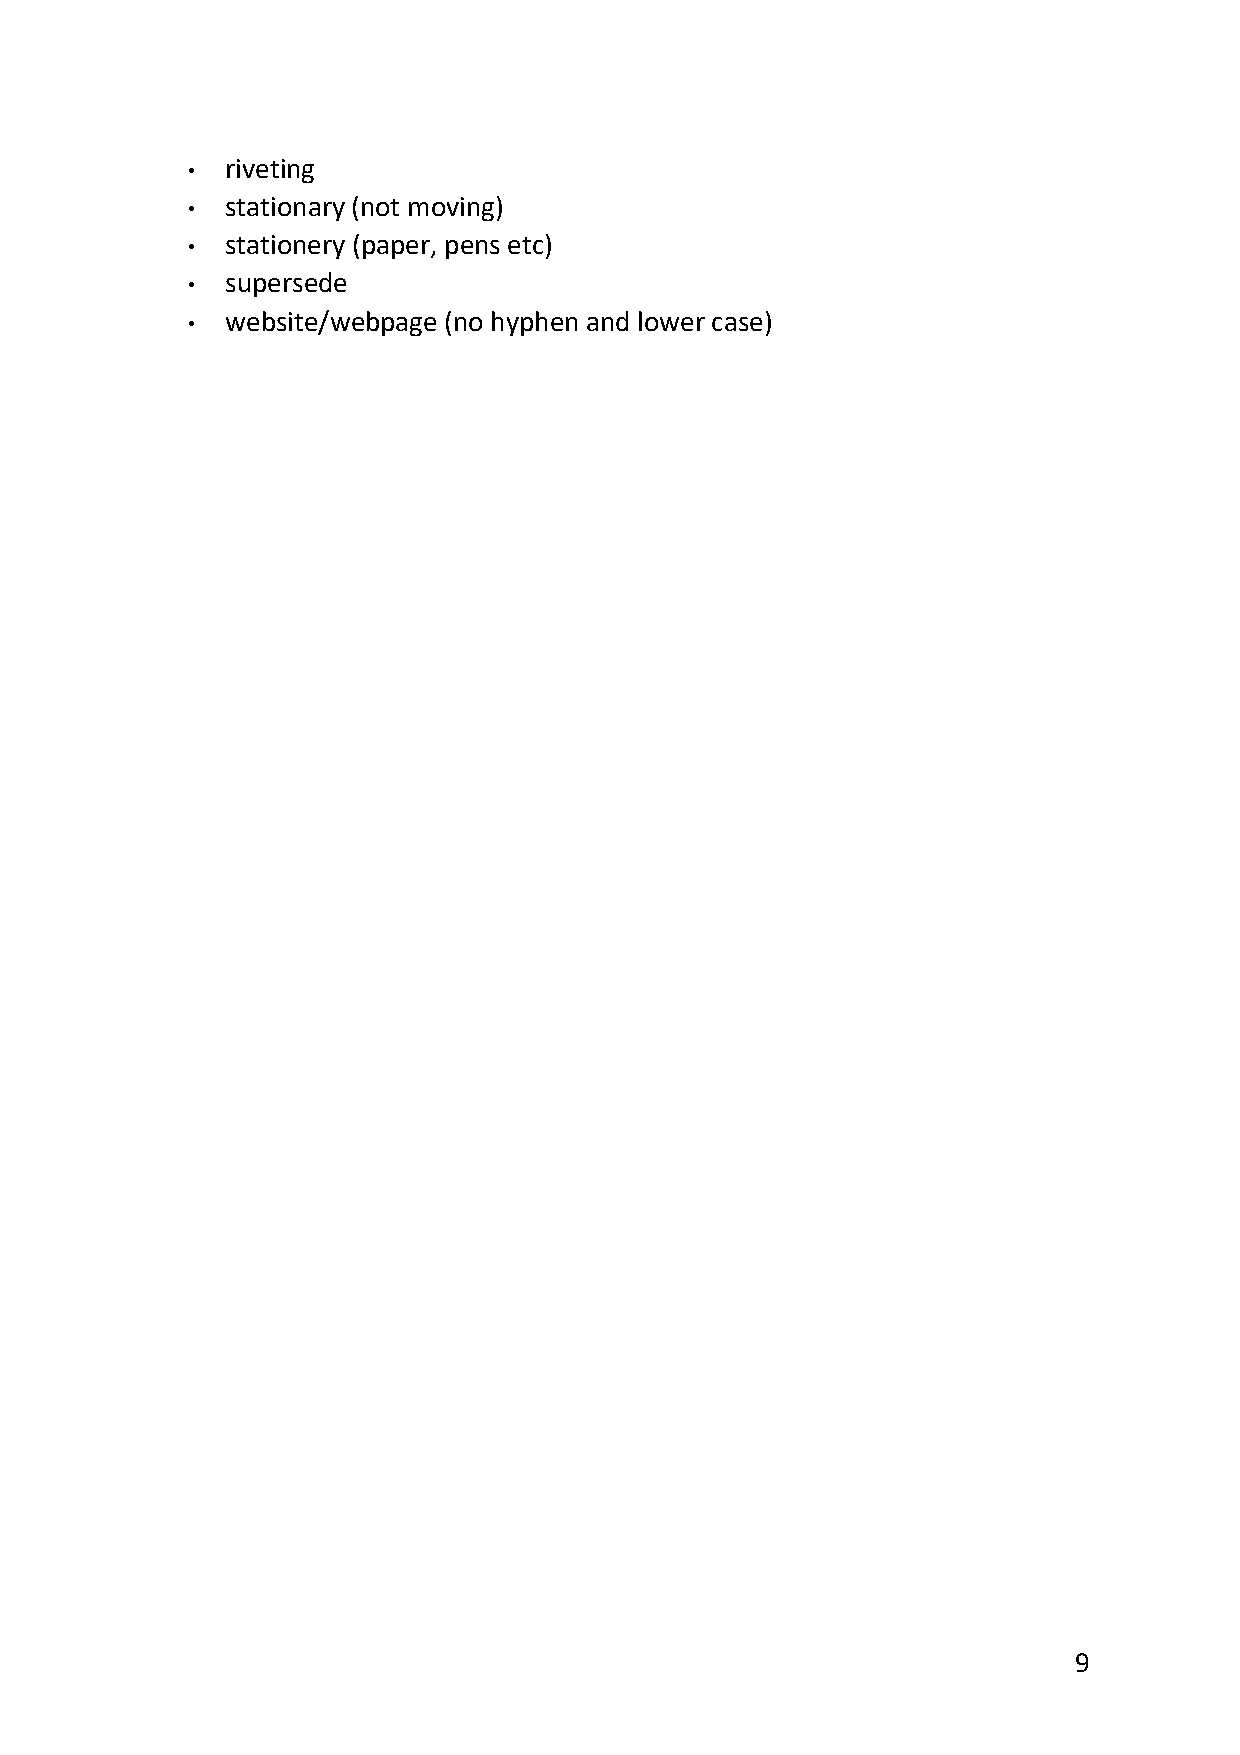
•  riveting
 •  stationary (not moving)
 •  stationery (paper, pens etc)
 •  supersede
 •  website/webpage (no hyphen and lower case)
 9